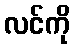
လင်ကို